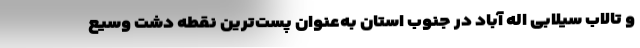
و تالاب سیلابی اله آباد در جنوب استان به‌عنوان پست‌ترین نقطه دشت وسیع